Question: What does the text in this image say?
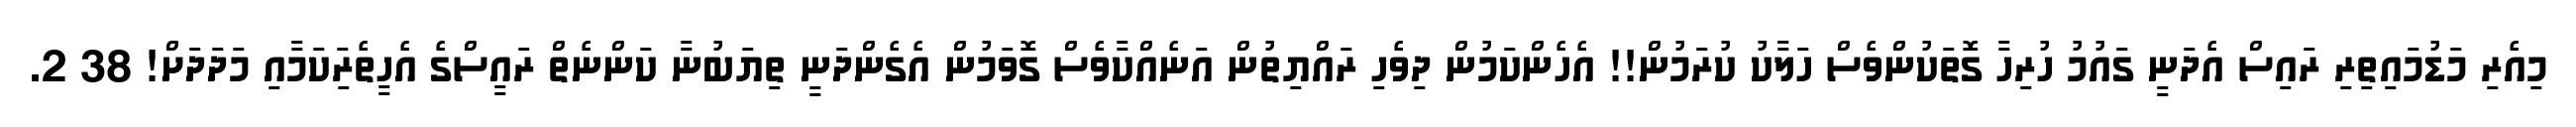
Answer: މިއެރި މަޑުމައިތިރި ރައިސް އެދަނީ ގައުމު ހުރިހާ ގޮތަކުންވެސް ހަލާކު ކުރަމުން!! އެހެންކަމުން ދިވެހި ރައްޔިތުން އަނެއްކާވެސް ގޮވަމުން އެގެންދަނީ ތިޔަބުނާ ކަންނެތް ރައީސްގެ އެހީތެރިަކަމާއި މަދަދަށް! 38 2.